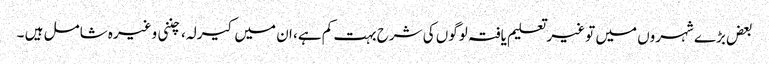
بعض بڑے شہروں میں تو غیر تعلیم یافتہ لوگوں کی شرح بہت کم ہے، ان میں کیرلہ، چننی وغیرہ شامل ہیں ۔